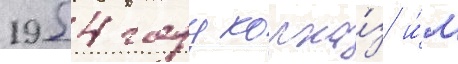
1954 году колхо́з и́м